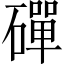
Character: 磾